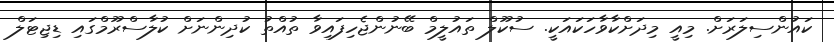
ކައުންސިލަރަށް. މިއީ މިދަށްކާވާހަކައަކީ. ސުކޫލް ތައުލީމް ބޭނުންޖެހިފައިވާ ތުއްތު ކުދިންނަށް ކުލާސްރޫމްގައި ޑިޖިޓަލް